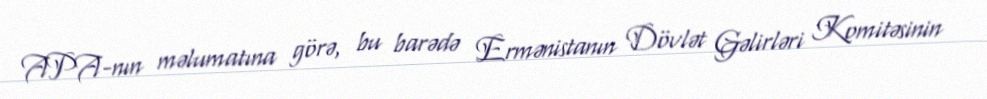
APA-nın məlumatına görə, bu barədə Ermənistanın Dövlət Gəlirləri Komitəsinin